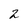
Character: 2